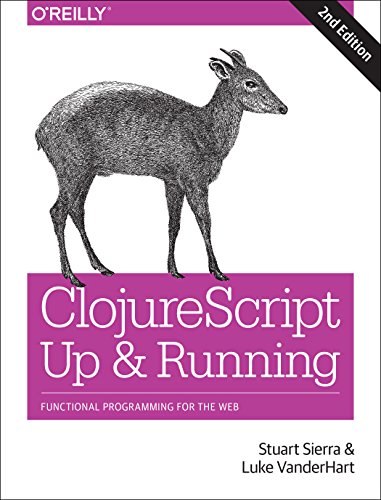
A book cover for ClojureScript: Up and Running: Functional Programming for the Web; Stuart Sierra; Computers & Technology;